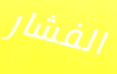
الفشار